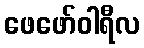
ဖေဖော်ဝါရီလ